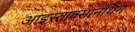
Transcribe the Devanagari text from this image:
आइस्ताक्सानथिन